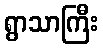
ရွာသာကြီး